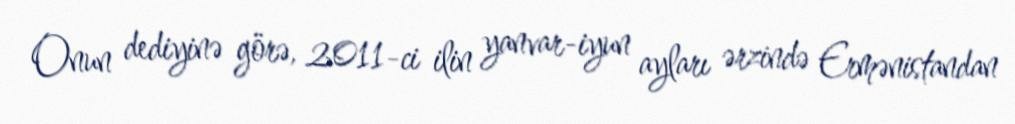
Onun dediyinə görə, 2011-ci ilin yanvar-iyun ayları ərzində Ermənistandan